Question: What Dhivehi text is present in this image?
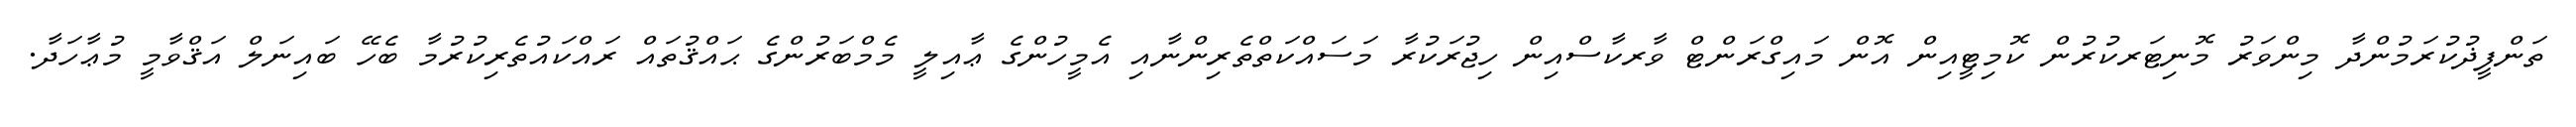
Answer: ތަންފީޛުކުރަމުންދާ މިންވަރު މޮނިޓަރކުރުން ކޮމިޓީއިން އޮން މައިގްރަންޓް ވާރކާސްއިން ހިޖުރަކުރާ މަސައްކަތްތެރިންނާއި އެމީހުންގެ ޢާއިލީ މެމްބަރުންގެ ޙައްޤުތައް ރައްކައުތެރިކުރުމާ ބެހޭ ބައިނަލް އަޤްވާމީ މުޢާހަދާ.